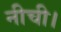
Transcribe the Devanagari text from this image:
नीची।